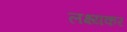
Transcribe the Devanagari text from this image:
लक्ष्यकर